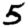
Digit: 5